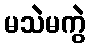
မသဲမကွဲ